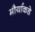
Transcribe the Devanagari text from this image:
मौर्याकडे